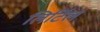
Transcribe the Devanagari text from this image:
लिर्टिल